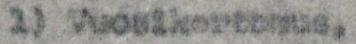
1) Vuosikertomus,